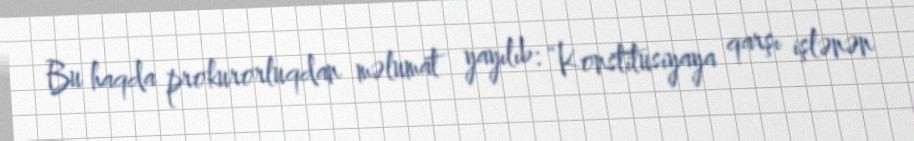
Bu haqda prokurorluqdan məlumat yayılıb: “Konstitusiyaya qarşı işlənən